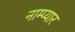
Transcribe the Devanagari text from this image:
नाम्प्यार